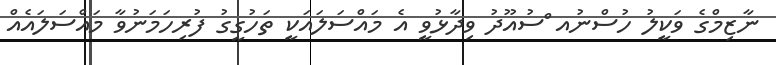
ނާޒިމްގެ ވަކީލު ހުސްނުއ ްސުއޫދު ވިދާޅުވީ އެ މައްސަލައަކީ ތަހުގީގު ފުރިހަމަނުވާ މައްސަލައެއް